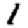
Digit: 1